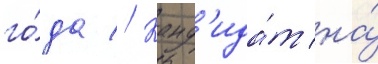
го́да // Канд'ида́т на́